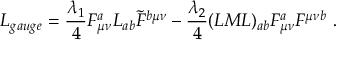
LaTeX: L _ { g a u g e } = { \frac { \lambda _ { 1 } } { 4 } } F _ { \mu \nu } ^ { a } L _ { a b } \tilde { F } ^ { b \mu \nu } - { \frac { \lambda _ { 2 } } { 4 } } ( L M L ) _ { a b } F _ { \mu \nu } ^ { a } F ^ { \mu \nu b } { } ~ .